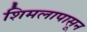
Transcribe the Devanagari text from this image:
शिमलापासून